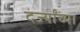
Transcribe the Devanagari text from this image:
दर्ज्यांच्या